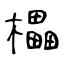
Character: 櫑